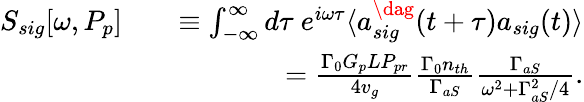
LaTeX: \begin{array}{rlr}{S_{sig}[\omega,P_{p}]}&{}&{\equiv\int_{-\infty}^{\infty}d\tau\ e^{i\omega\tau}\langle a_{sig}^{\dag}(t+\tau)a_{sig}(t)\rangle}\\ &{}&{=\frac{\Gamma_{0}G_{p}LP_{pr}}{4v_{g}}\frac{\Gamma_{0}n_{th}}{\Gamma_{aS}}\frac{\Gamma_{aS}}{\omega^{2}+\Gamma_{aS}^{2}/4}.}\end{array}